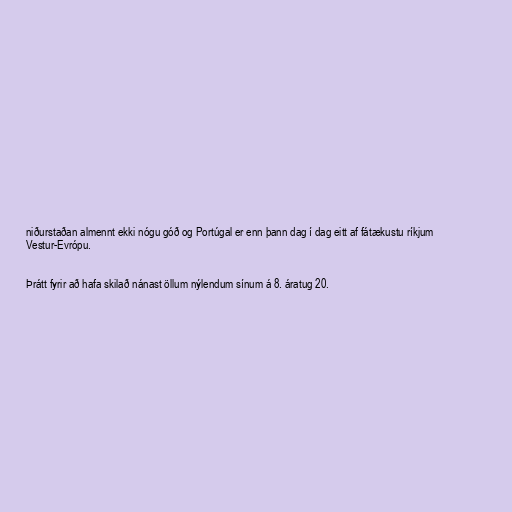
niðurstaðan almennt ekki nógu góð og Portúgal er enn þann dag í dag eitt af fátækustu ríkjum
Vestur-Evrópu.

Þrátt fyrir að hafa skilað nánast öllum nýlendum sínum á 8. áratug 20.